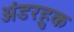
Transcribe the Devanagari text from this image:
अंडरहुक